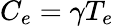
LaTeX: C_{e}=\gamma T_{e}